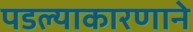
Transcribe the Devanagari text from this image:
पडल्याकारणाने